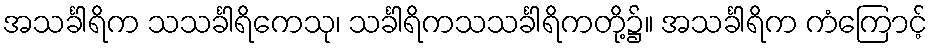
အသင်္ခါရိက သသင်္ခါရိကေသု၊ သင်္ခါရိကသသင်္ခါရိကတို့၌။ အသင်္ခါရိက ကံကြောင့်